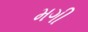
મગી